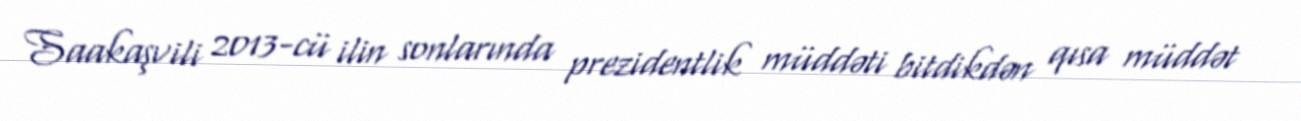
Saakaşvili 2013-cü ilin sonlarında prezidentlik müddəti bitdikdən qısa müddət